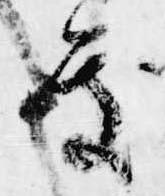
処